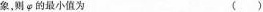
象，则\varphi 的最小值为（）